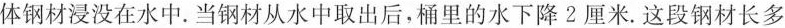
体钢材浸没在水中。当钢材从水中取出后，桶里的水下降2厘米。这段钢材长多